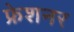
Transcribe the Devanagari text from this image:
फ्रेशनर